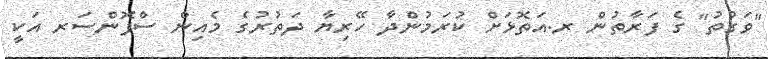
"ވަގުތު" ގެ ފަރާތުން ރ.އަތޮޅަށް ކުރަމުންދާ ހޭރިޔާ ދަތުރުގެ މެއިން ސްޕޮންސަރ އަކީ